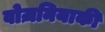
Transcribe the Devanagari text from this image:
वोज़नियाकी